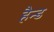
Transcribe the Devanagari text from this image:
हैन्ड